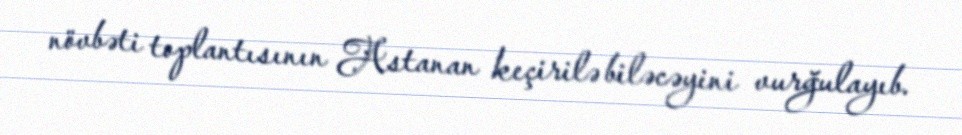
növbəti toplantısının Astanan keçirilə biləcəyini vurğulayıb.